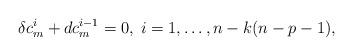
LaTeX: \begin{align*}\delta c_m^i + d c_m^{i-1} = 0, \; i= 1, \dots, n- k(n-p-1),\end{align*}